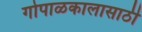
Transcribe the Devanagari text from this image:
गोपाळकालासाठी